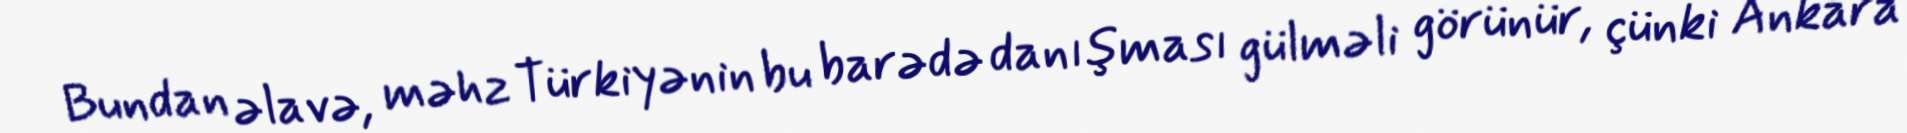
Bundan əlavə, məhz Türkiyənin bu barədə danışması gülməli görünür, çünki Ankara